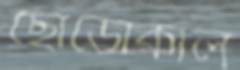
ছোডোকাল